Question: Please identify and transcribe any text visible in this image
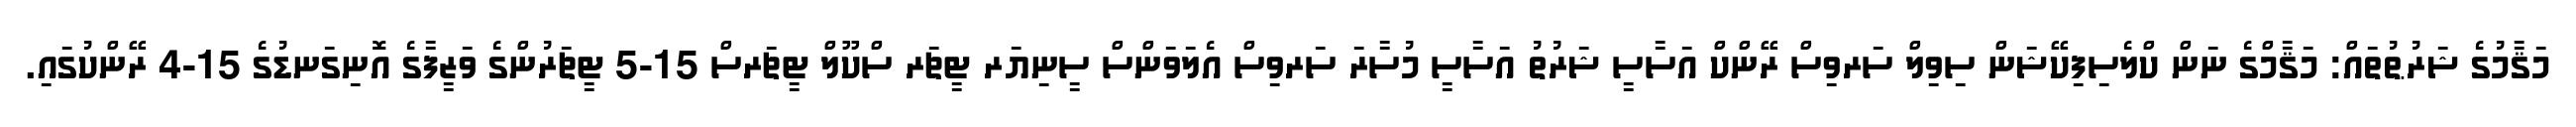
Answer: މަޤާމުގެ ޝަރުޠުތައް: މަޤާމްގެ ނަން ކްލެސިފިކޭޝަން ސިވިލް ސަރވިސް ރޭންކް އަސާސީ ޝަރުތު އަސާސީ މުސާރަ ސަރވިސް އެލަވަންސް ސީނިޔަރ ޓީޗަރ ސްކޫލް ޓީޗަރސް 15-5 ޓީޗަރުންގެ ވަޒީފާގެ އޮނިގަނޑުގެ 15-4 ރޭންކުގައި.